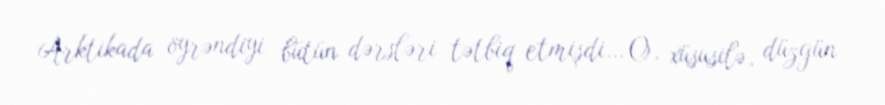
Arktikada öyrəndiyi bütün dərsləri tətbiq etmişdi… O, xüsusilə, düzgün